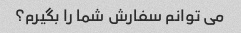
می توانم سفارش شما را بگیرم؟